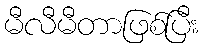
မီလီမီတာဖြစ်ပြီး